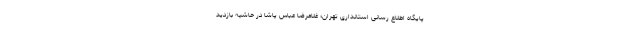
پایگاه اطلاع رسانی استانداری تهران؛ غلامرضا عباس پاشا در حاشیه بازدید